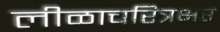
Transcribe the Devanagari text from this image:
लीळाचरित्रभर